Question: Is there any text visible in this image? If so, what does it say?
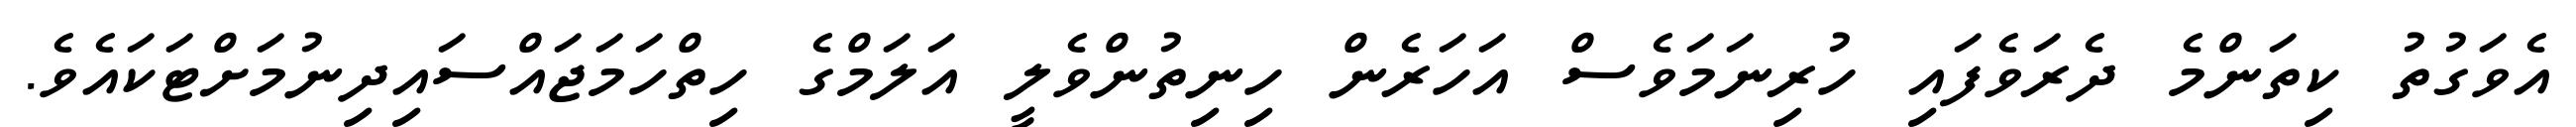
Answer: އެވަގުތު ކިތަންމެ ދެރަވެފައި ހުރިނަމަވެސް އަހަރެން ހިނިތުންވެލީ އަލަމްގެ ހިތްހަމަޖައްސައިދިނުމަށްޓަކައެވެ.